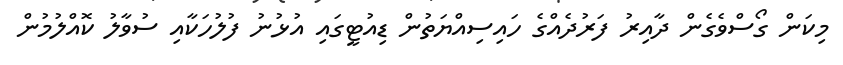
މިކަން ގޯސްވެގެން ދާއިރު ފަރުދެއްގެ ހައިސިއްޔަތުން ޑިއުޓީގައި އުޅުނު ފުލުހަކާއި ސުވާލު ކޮއްލުމުން